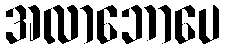
အလာဘောပေ